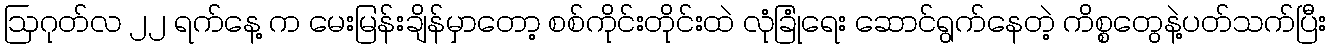
ဩဂုတ်လ ၂၂ ရက်နေ့ က မေးမြန်းချိန်မှာတော့ စစ်ကိုင်းတိုင်းထဲ လုံခြုံရေး ဆောင်ရွက်နေတဲ့ ကိစ္စတွေနဲ့ပတ်သက်ပြီး